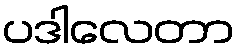
ပဒါလေတာ